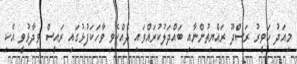
މިއަދު ހަވީރު ރަސްދޫ ރައްޔިތުންނާއި ބައްދަލުކުރައްވައި ދެއްކެވި ވާހަކަފުޅުގައި ރައީސް ވިދާޅުވީ އެކި